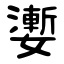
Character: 嬱